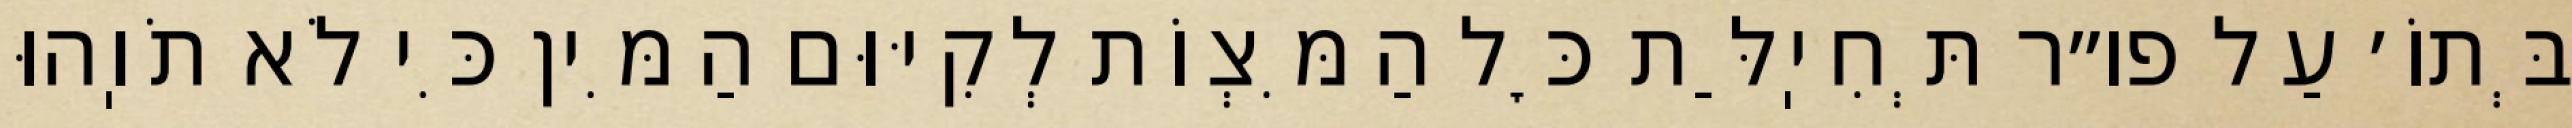
בְּתוֹ׳ עַל פו״ר תְּחִיֽלַּת כׇּל הַמִּצְוֹת לְקִיּוּם הַמִּין כִּי לֹא תֹוֽהוּ